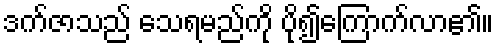
ဒက်ဇာသည် သေရမည်ကို ပို၍ကြောက်လာ၏။